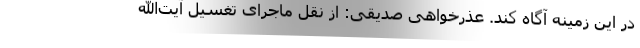
در این زمینه آگاه کند. عذرخواهی صدیقی: از نقل ماجرای تغسیل آیت‌الله